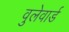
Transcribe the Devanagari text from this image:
वुलेवार्ड